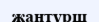
жантүрш